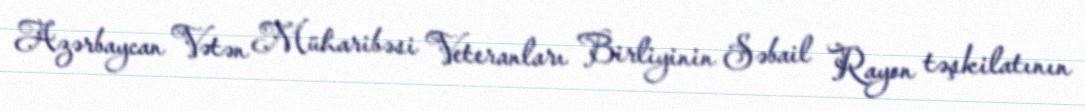
Azərbaycan Vətən Müharibəsi Veteranları Birliyinin Səbail Rayon təşkilatının